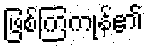
ဖြစ်ကြကုန်၏